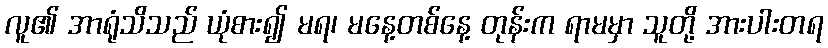
လူ၏ အာရုံသိသည် ယုံစား၍ မရ၊ မနေ့တစ်နေ့ တုန်းက ရာမမှာ သူတို့ အားပါးတရ